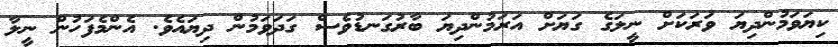
ކިޔަވަމުންދިޔަ ވަރަކަށް ނީލަގެ ގަޔަށް އަރަމުންދިޔަ ބާރުގަނޑުވެސް ގަދަވަމުން ދިޔައެވެ. އެންމެފަހުން ނީލާ